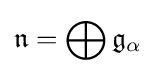
{\mathfrak {n}}=\bigoplus {\mathfrak {g}}_{\alpha }